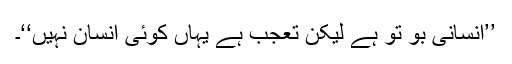
’’انسانی بوٗ تو ہے لیکن تعجب ہے یہاں کوئی انسان نہیں‘‘۔